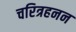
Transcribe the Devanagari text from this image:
चरित्रहनन